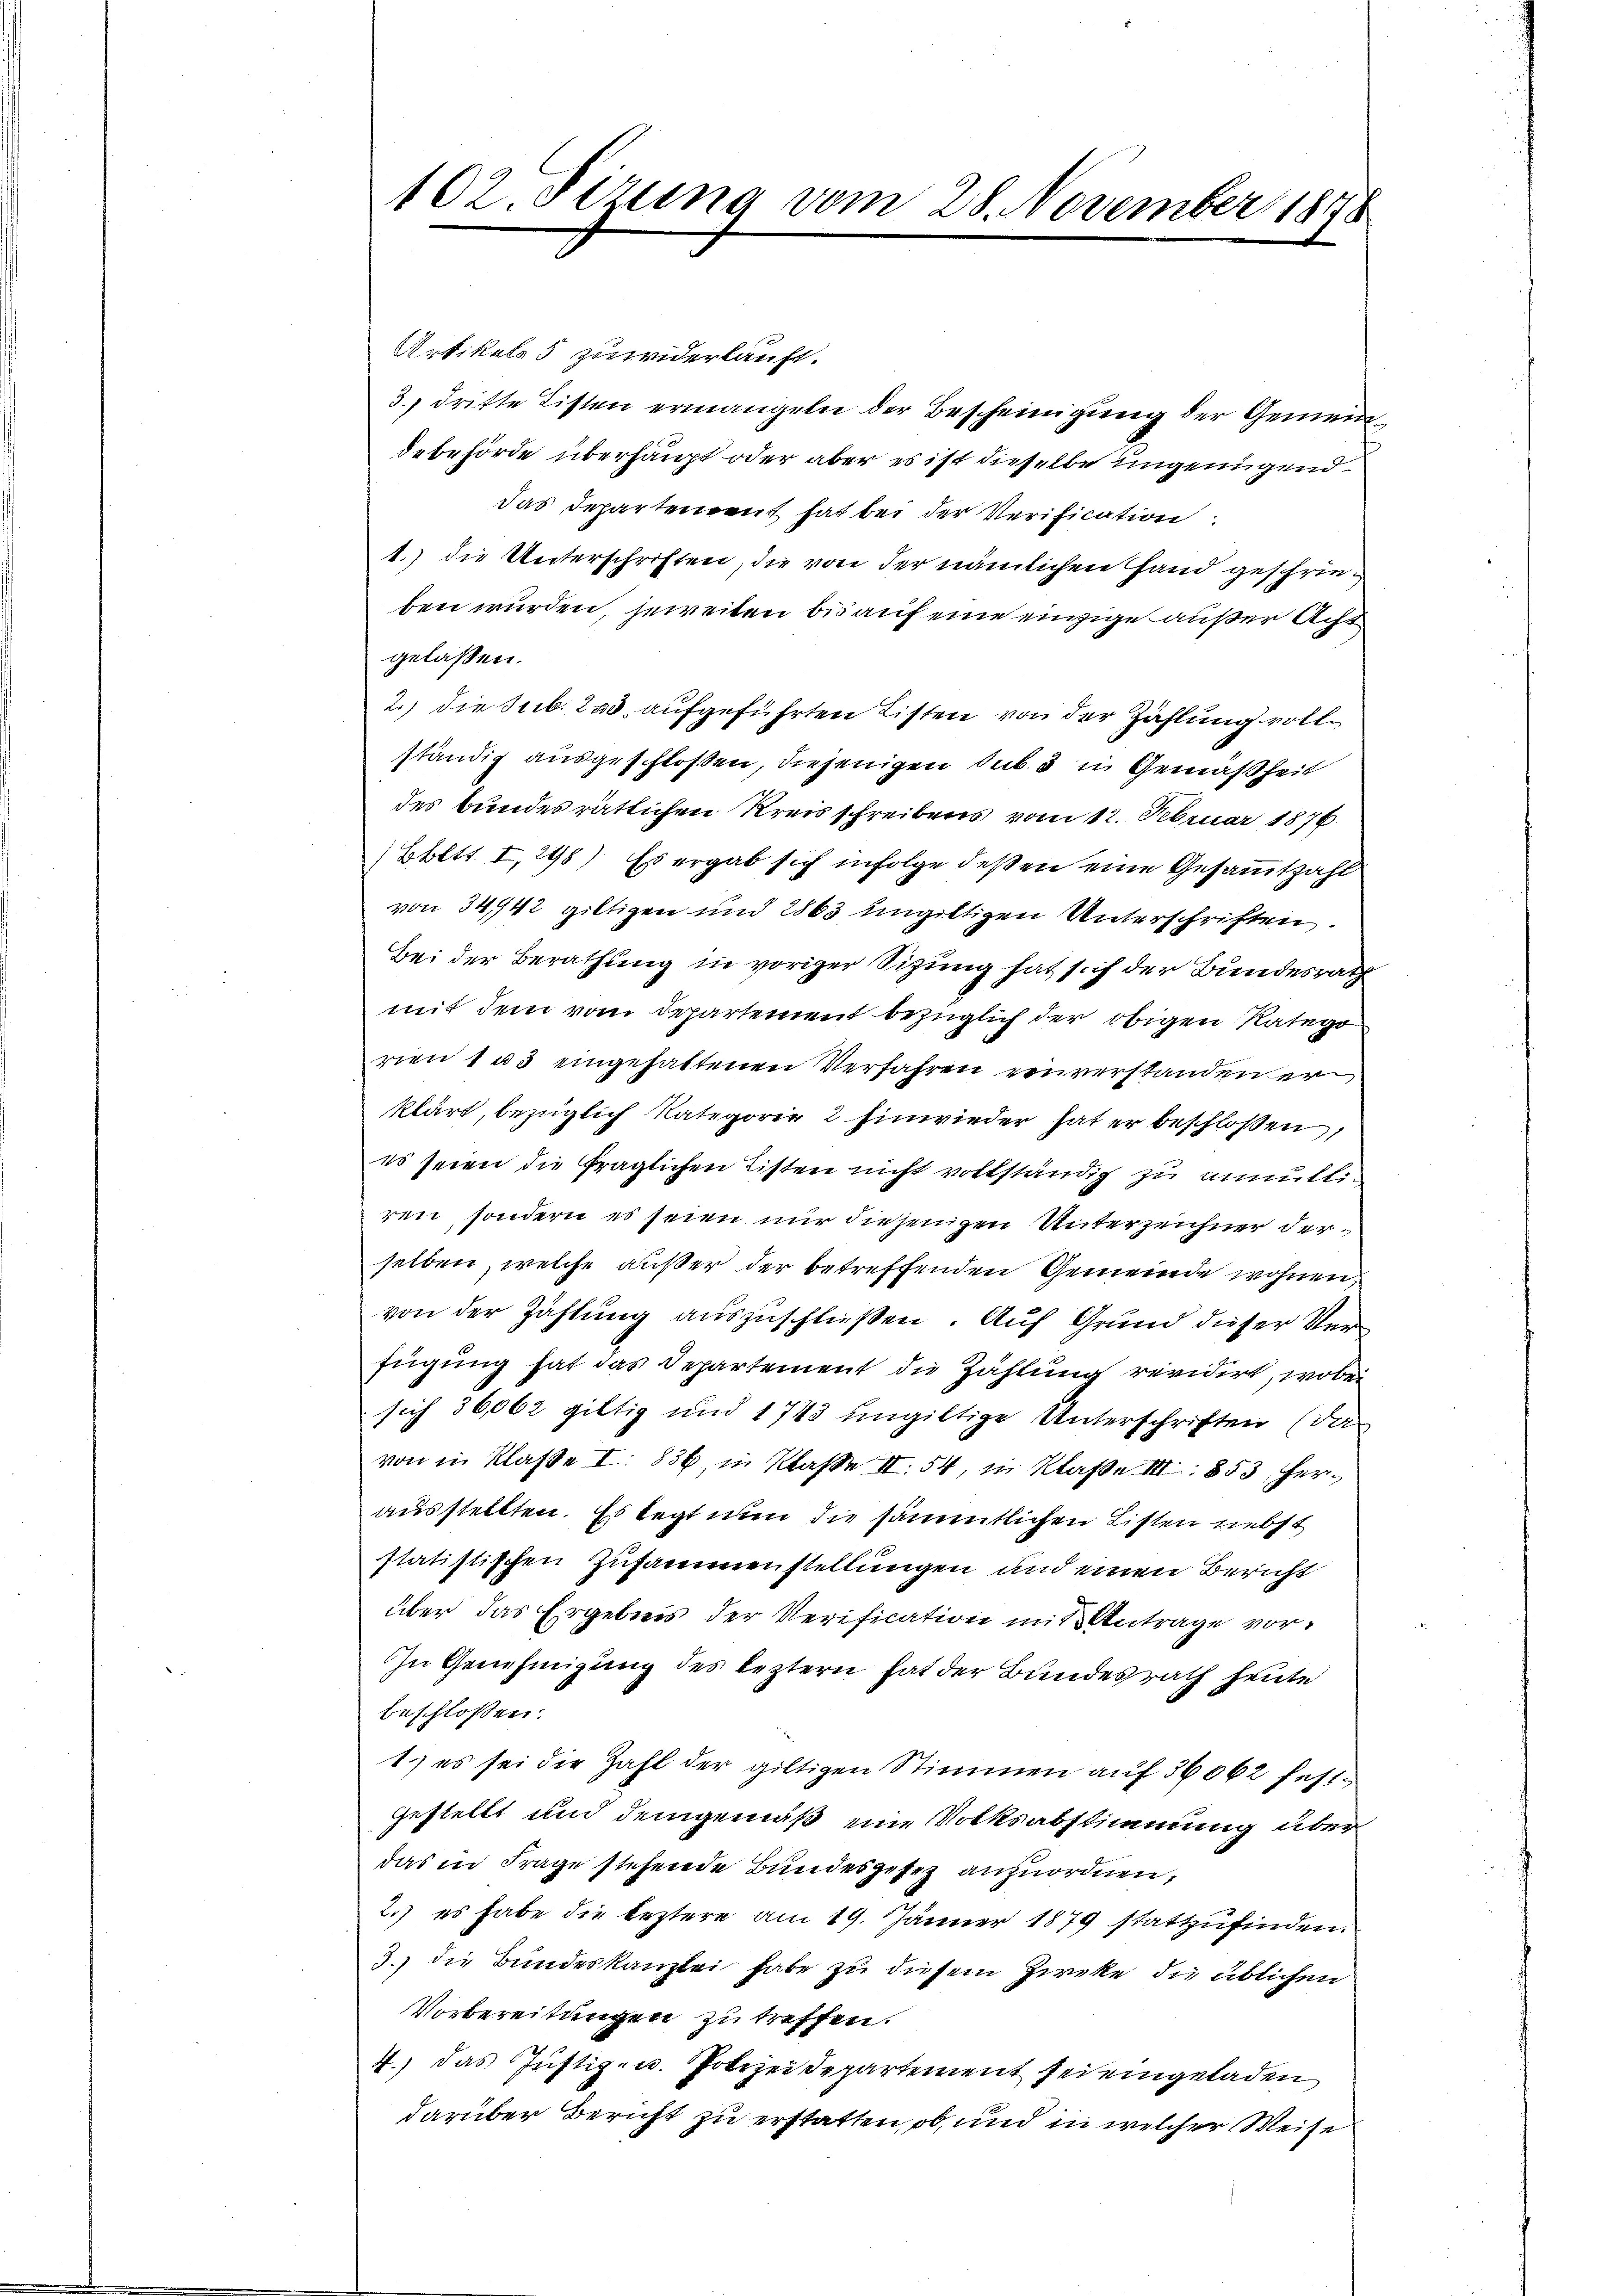
102. Sizung vom 28. November 1848

Artikels 5 zuwiderlauft.
3) dritte Listen ermangeln der Bescheinigung der Gemeindebehörde überhaupt oder aber es ist dieselbe ungenügend.
das Departement hat bei der Verification
1.) die Unterschriften, die von der nämlichen Hand geschrieben wurden, jeweiten bis auf eine einzige außer Acht
gelassen.
2.) die Sub. 233. aufgeführten Listen von der Zählung vollständig ausgeschloßen, diejenigen Sub. 5 in Gemäßheit
des bundesrätlichen Kreisschreibens vom 12. Februar 1876.
Ebett. I, 248) Es ergab sich infolge deßen eine Gesammtzahl
von 34/42 giltigen und 2863 ungiltigen Unterschriften.
Bei der Berathung in voriger Sitzung hat sich der Bundesrath
mit dem vom Departement bezüglich der obigen Katego
rien 1 u. eingehattenen Verfahren zuverstanden er
klärt, bezüglich Kategorie 2 Einwieder hat er beschloßen,
es seien die fraglichen Listen nicht vollständig zu annulliren, sondern es seien nur diejenigen Unterzeichner derselben, welche außer der betreffenden Gemeinde wohnen,
von der Zahlung auszuschließen. Auf Grund dieser Verfügung hat das Departement die Zahlung revidirt, wobei
sich 36002 giltig und 1743 ungültige Unterschriften (da
von in Klasse I 836, in Klaße II 54, in Klaße III 853, herausstellten. Es legt nun die sämmtlichen Listen nebst
statistischen Zusammenstellungen und einen Bericht
über das Ergebnis der Verification mit Antrage vor¬
In Genehmigung des leztern hat der Bundesrath heute
beschlossen:
1.) es sei die Zahl der giltigen Stimmen auf 36062 festgestellt und demgemäß eine Volksabstimmung überdas in Frage stehende Bundesgesez anzuordnen,
2.) es habe die leztere am 19. Jänner 1879 stattzufinden.
3. die Bundeskanzlei habe zu diesem Zirke die üblichen
Vorbereitungen zu treffen.
4.) das Justiz- u. Polizeidepartement sei eingeladen
darüber Bericht zu erstatten, ob, und in welcher Weise